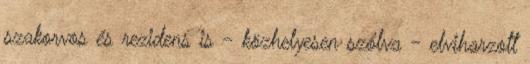
szakorvos és rezidens is - közhelyesen szólva - elviharzott